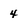
Character: 4